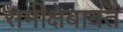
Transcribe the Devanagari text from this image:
समीक्षेबाबत